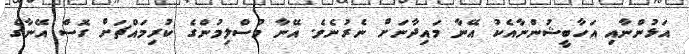
އަޅުންނާއި އަހާބީޝުންނާއެކު އޭނާ މައިދާނަށް ނެރުނެވެ. އޭނާ މުސްލިމުންގެ ކުރިމައްޗަށް ގޮސް އޭނާގެ